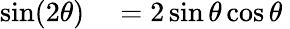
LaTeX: \begin{array}{rl}{\sin(2\theta)}&{{}=2\sin\theta\cos\theta\ }\end{array}